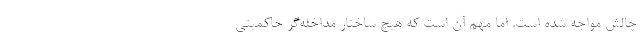
چالش مواجه شده است. اما مهم آن است که هیچ ساختار مداخله‌گر حاکمیتی